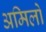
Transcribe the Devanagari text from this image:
अमिलो